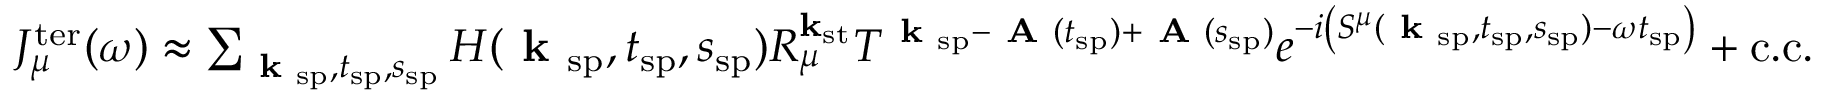
\begin{array} { r } { J _ { \mu } ^ { \mathrm { t e r } } ( \omega ) \approx \sum _ { \textbf { k } _ { \mathrm { s p } } , t _ { \mathrm { s p } } , s _ { \mathrm { s p } } } H ( \textbf { k } _ { \mathrm { s p } } , t _ { \mathrm { s p } } , s _ { \mathrm { s p } } ) R _ { \mu } ^ { \mathbf { k } _ { \mathrm { s t } } } T ^ { \textbf { k } _ { \mathrm { s p } } - \textbf { A } ( t _ { \mathrm { s p } } ) + \textbf { A } ( s _ { \mathrm { s p } } ) } e ^ { - i \left( S ^ { \mu } ( \textbf { k } _ { \mathrm { s p } } , t _ { \mathrm { s p } } , s _ { \mathrm { s p } } ) - \omega t _ { \mathrm { s p } } \right) } + \mathrm { c . c . } } \end{array}